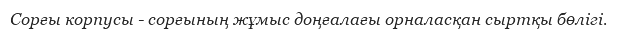
Сорғы корпусы - сорғының жұмыс доңғалағы орналасқан сыртқы бөлігі.